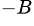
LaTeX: ^{-B}